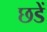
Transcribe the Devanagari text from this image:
छडें